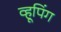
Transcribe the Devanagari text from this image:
व्हूपिंग